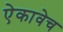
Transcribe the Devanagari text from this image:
ऐकावेच